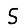
Digit: 5